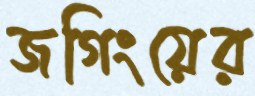
জগিংয়ের